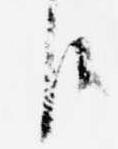
臣